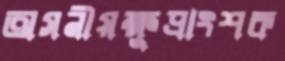
অসনীয়ক্ষুদ্রাংশক